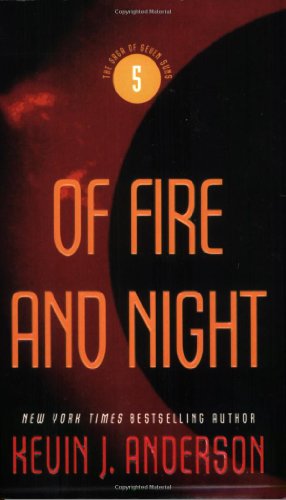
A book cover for Of Fire and Night (The Saga of Seven Suns); Kevin J. Anderson; Romance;